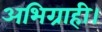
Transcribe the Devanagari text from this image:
अभिग्राही।